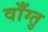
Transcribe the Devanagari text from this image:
वाँग्तु